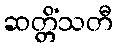
ဆတ္တိံသတီ